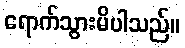
ရောက်သွားမိပါသည်။